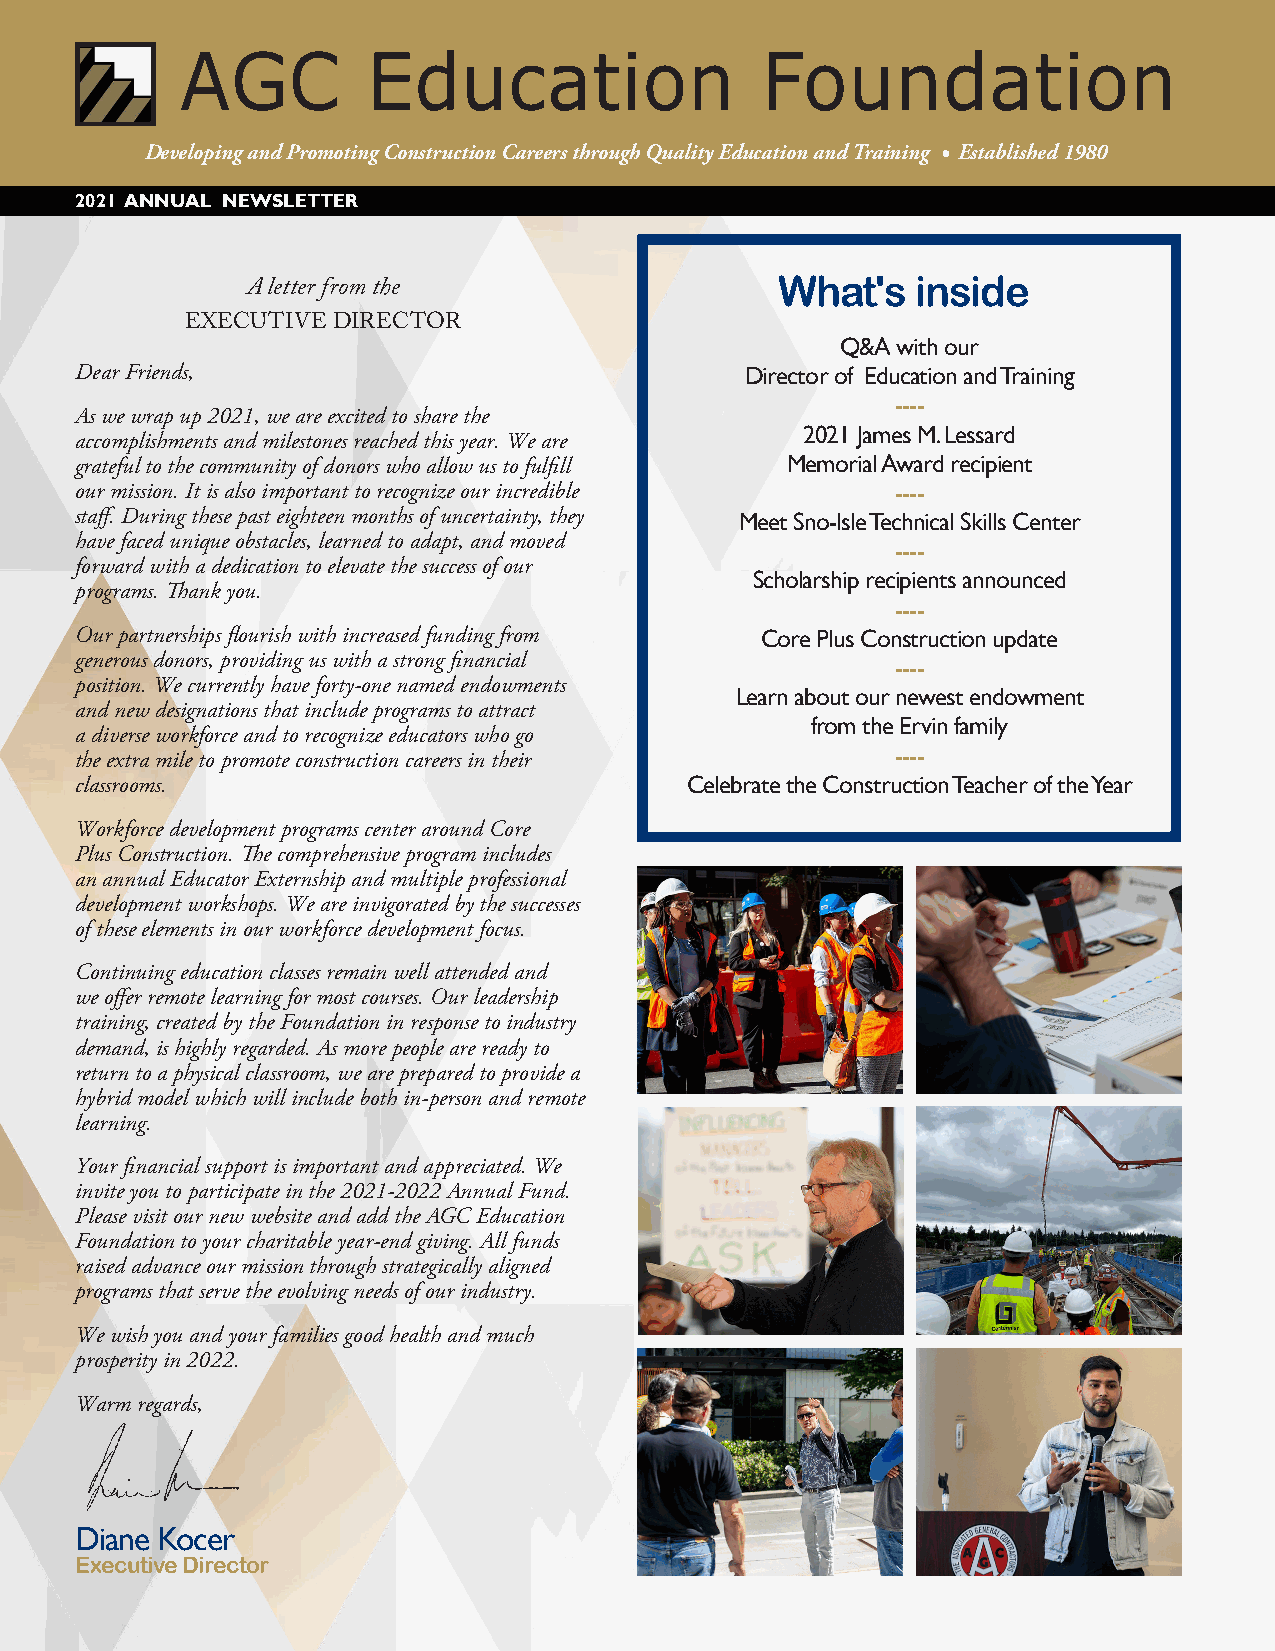
Developing and Promoting Construction Careers through Quality Education and Training • Established 1980
 2021 ANNUAL NEWSLETTER
 What's   inside
 A letter from the
 EXECUTIVE DIRECTOR
 Q&A with our
 Dear Friends,                               Director of Education and Training
 ----
 As we wrap up 2021, we are excited to share the
 2021 James M. Lessard
 accomplishments and milestones reached this year. We are
 grateful to the community of donors who allow us to fulfill Memorial Award recipient
 our mission. It is also important to recognize our incredible ----
 staff. During these past eighteen months of uncertainty, they Meet Sno-Isle Technical Skills Center
 have faced unique obstacles, learned to adapt, and moved
 ----
 forward with a dedication to elevate the success of our
 Scholarship recipients announced
 programs. Thank you.
 ----
 Our partnerships flourish with increased funding from Core Plus Construction update
 generous donors, providing us with a strong financial
 ----
 position. We currently have forty-one named endowments
 Learn about our newest endowment
 and new designations that include programs to attract
 from the Ervin family
 a diverse workforce and to recognize educators who go
 the extra mile to promote construction careers in their ----
 classrooms.                             Celebrate the Construction Teacher of the Year
 Workforce development programs center around Core
 Plus Construction. The comprehensive program includes
 an annual Educator Externship and multiple professional
 development workshops. We are invigorated by the successes
 of these elements in our workforce development focus.
 Continuing education classes remain well attended and
 we offer remote learning for most courses. Our leadership
 training, created by the Foundation in response to industry
 demand, is highly regarded. As more people are ready to
 return to a physical classroom, we are prepared to provide a
 hybrid model which will include both in-person and remote
 learning.
 Your financial support is important and appreciated. We
 invite you to participate in the 2021-2022 Annual Fund.
 Please visit our new website and add the AGC Education
 Foundation to your charitable year-end giving. All funds
 raised advance our mission through strategically aligned
 programs that serve the evolving needs of our industry.
 We wish you and your families good health and much
 prosperity in 2022.
 Warm regards,
 Diane Kocer
 Executive Director